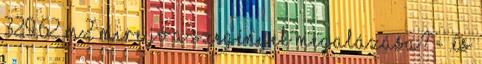
329,62 m2 Mire jó a szegények megalázása? - .és